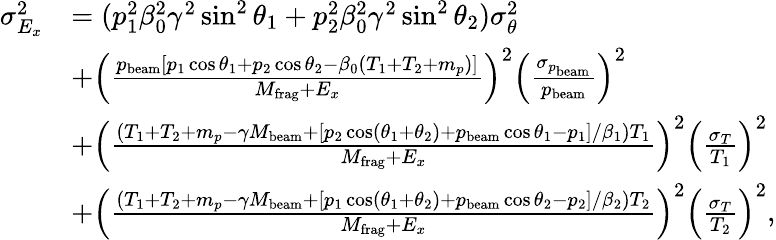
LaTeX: \begin{array}{rl}{\sigma_{E_{x}}^{2}}&{=(p_{1}^{2}\beta_{0}^{2}\gamma^{2}\sin^{2}\theta_{1}+p_{2}^{2}\beta_{0}^{2}\gamma^{2}\sin^{2}\theta_{2})\sigma_{\theta}^{2}}\\ &{+\left(\frac{p_{\mathrm{beam}}[p_{1}\cos\theta_{1}+p_{2}\cos\theta_{2}-\beta_{0}(T_{1}+T_{2}+m_{p})]}{M_{\mathrm{frag}}+E_{x}}\right)^{2}\left(\frac{\sigma_{p_{\mathrm{beam}}}}{p_{\mathrm{beam}}}\right)^{2}}\\ &{+\left(\frac{(T_{1}+T_{2}+m_{p}-\gamma M_{\mathrm{beam}}+[p_{2}\cos(\theta_{1}+\theta_{2})+p_{\mathrm{beam}}\cos\theta_{1}-p_{1}]/\beta_{1})T_{1}}{M_{\mathrm{frag}}+E_{x}}\right)^{2}\left(\frac{\sigma_{T}}{T_{1}}\right)^{2}}\\ &{+\left(\frac{(T_{1}+T_{2}+m_{p}-\gamma M_{\mathrm{beam}}+[p_{1}\cos(\theta_{1}+\theta_{2})+p_{\mathrm{beam}}\cos\theta_{2}-p_{2}]/\beta_{2})T_{2}}{M_{\mathrm{frag}}+E_{x}}\right)^{2}\left(\frac{\sigma_{T}}{T_{2}}\right)^{2},}\end{array}